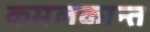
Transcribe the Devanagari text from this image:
कमलकान्त